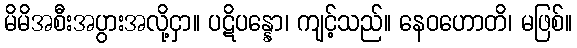
မိမိအစီးအပွားအလို့ငှာ။ ပဋိပန္နော၊ ကျင့်သည်။ နေဝဟောတိ၊ မဖြစ်။